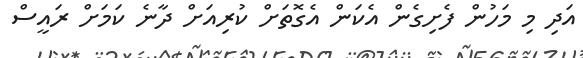
އަދި މި މަހުން ފެށިގެން އެކަން އެގޮތަށް ކުރިއަށް ދާނެ ކަމަށް ރައީސް